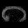
Digit: ၈